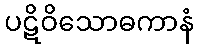
ပဋိဝိသောဓကာနံ